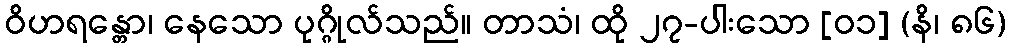
ဝိဟရန္တော၊ နေသော ပုဂ္ဂိုလ်သည်။ တာသံ၊ ထို ၂၇-ပါးသော [၀၁] (နိ၊ ၈၆)